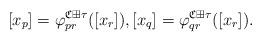
LaTeX: \begin{align*}[x_p] = \varphi_{pr}^{\frak C\boxplus\tau}([x_r]),[x_q] = \varphi_{qr}^{\frak C\boxplus\tau}([x_r]).\end{align*}